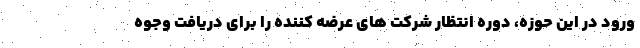
ورود در این حوزه، دوره انتظار شرکت های عرضه کننده را برای دریافت وجوه